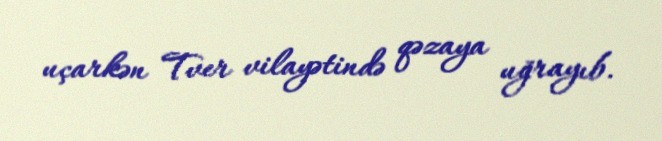
uçarkən Tver vilayətində qəzaya uğrayıb.